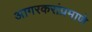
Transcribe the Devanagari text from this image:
आगरकरांप्रमाणे